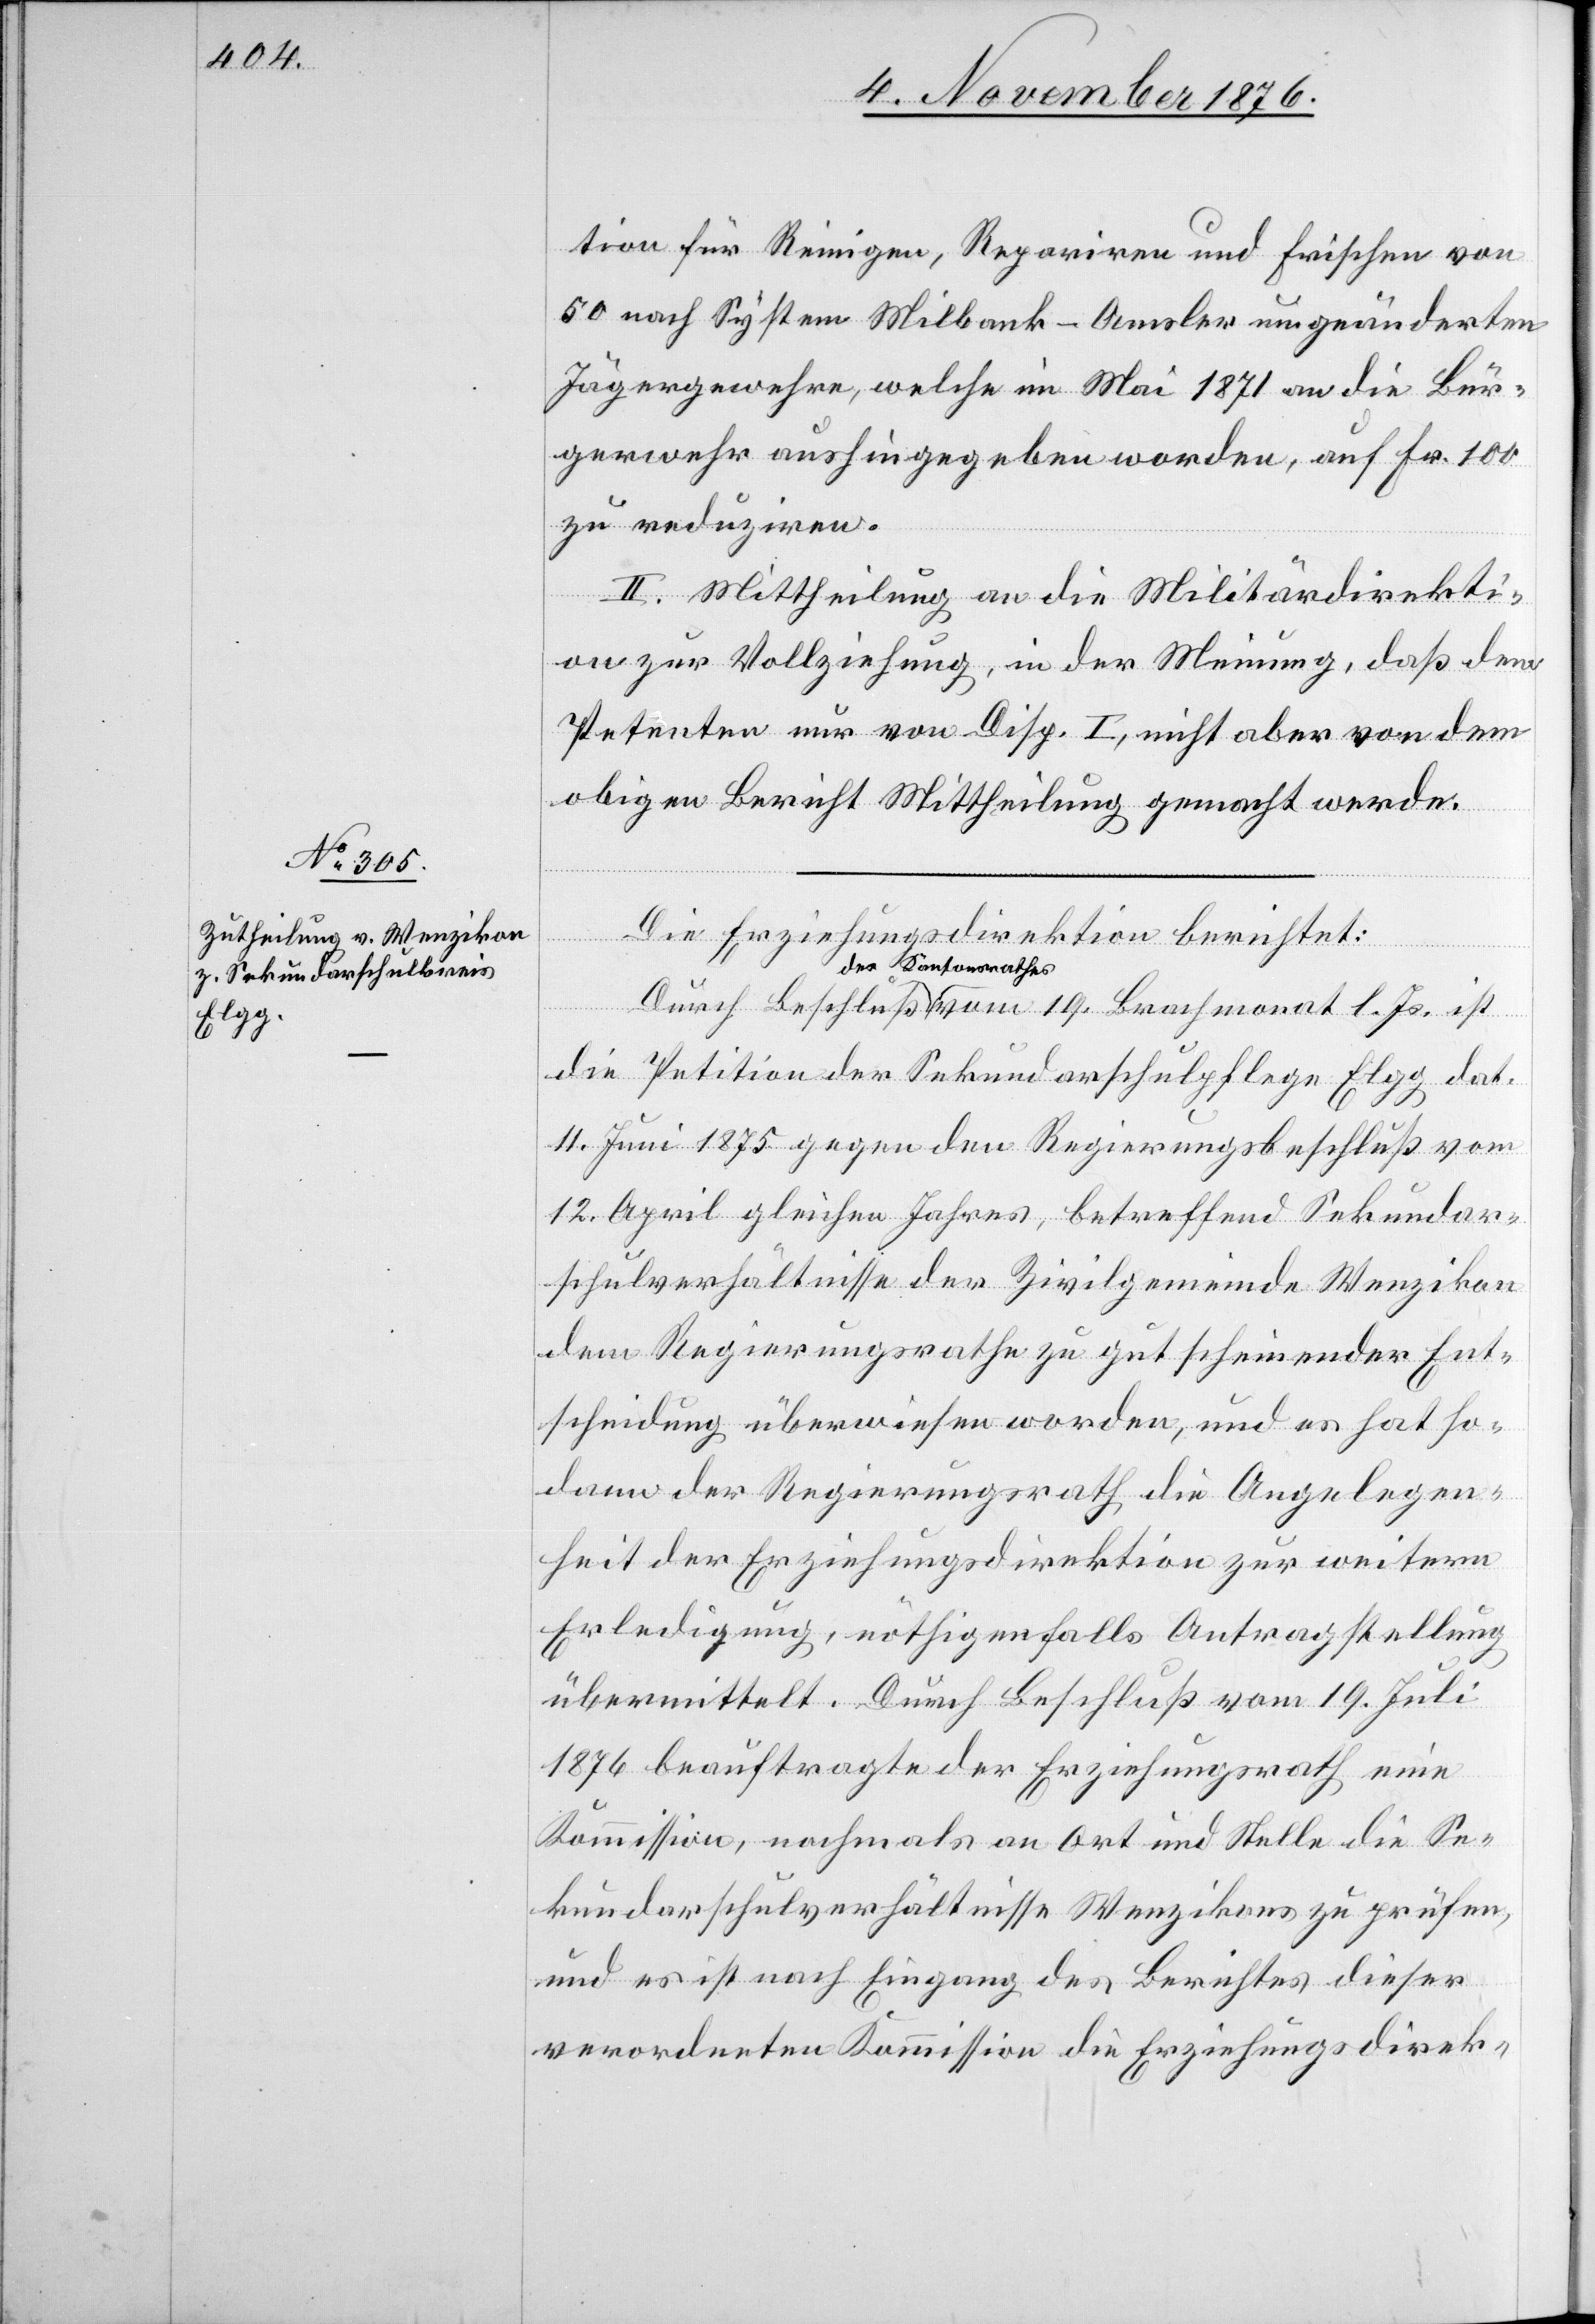
tion für Reinigen, Repariren und Frischen von
50 nach System Milbank-Amsler umgeänderten
Jägergewehre, welche im Mai 1871 an die Bür¬
gerwehr aushingegeben worden, auf Fr. 100
zu reduziren.
II. Mittheilung an die Militärdirekti¬
on zur Vollziehung, in der Meinung, daß dem
Petenten nur von Disp. I, nicht aber von dem
obigen Bericht Mittheilung gemacht werde.
Js.
Die Erziehungsdirektion berichtet:
des Kantonsrathes
die Petition der Sekundarschulpflege Elgg dat.
11. Juni 1875 gegen den Regierungsbeschluß vom
12. April gleichen Jahres, betreffend Sekundar¬
schulverhältnisse der Zivilgemeinde Wenzikon
dem Regierungsrathe zu gut scheinender Ent¬
scheidung überwiesen worden, und es hat so¬
dann der Regierungsrath die Angelegen¬
heit der Erziehungsdirektion zur weitern
Erledigung, nöthigenfalls Antragstellung
übermittelt. Durch Beschluß vom 19. Juli
1876 beauftragte der Erziehungsrath eine
Kommission, nochmals an Ort und Stelle die Se¬
kundarschulverhältnisse Wenzikons zu prüfen,
und es ist nach Eingang des Berichtes dieser
verordneten Kommission die Erziehungsdirek-